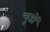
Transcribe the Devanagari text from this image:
चूडों